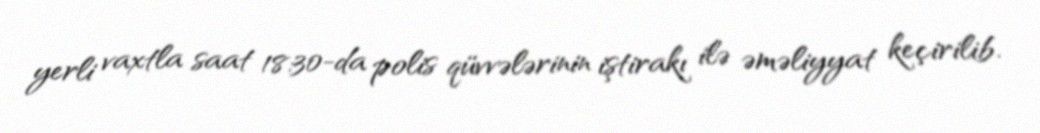
yerli vaxtla saat 18:30-da polis qüvvələrinin iştirakı ilə əməliyyat keçirilib.